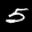
Label: 5